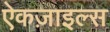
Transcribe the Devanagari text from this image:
ऐकज़ाइल्स